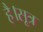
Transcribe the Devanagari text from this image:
है।सूत्र